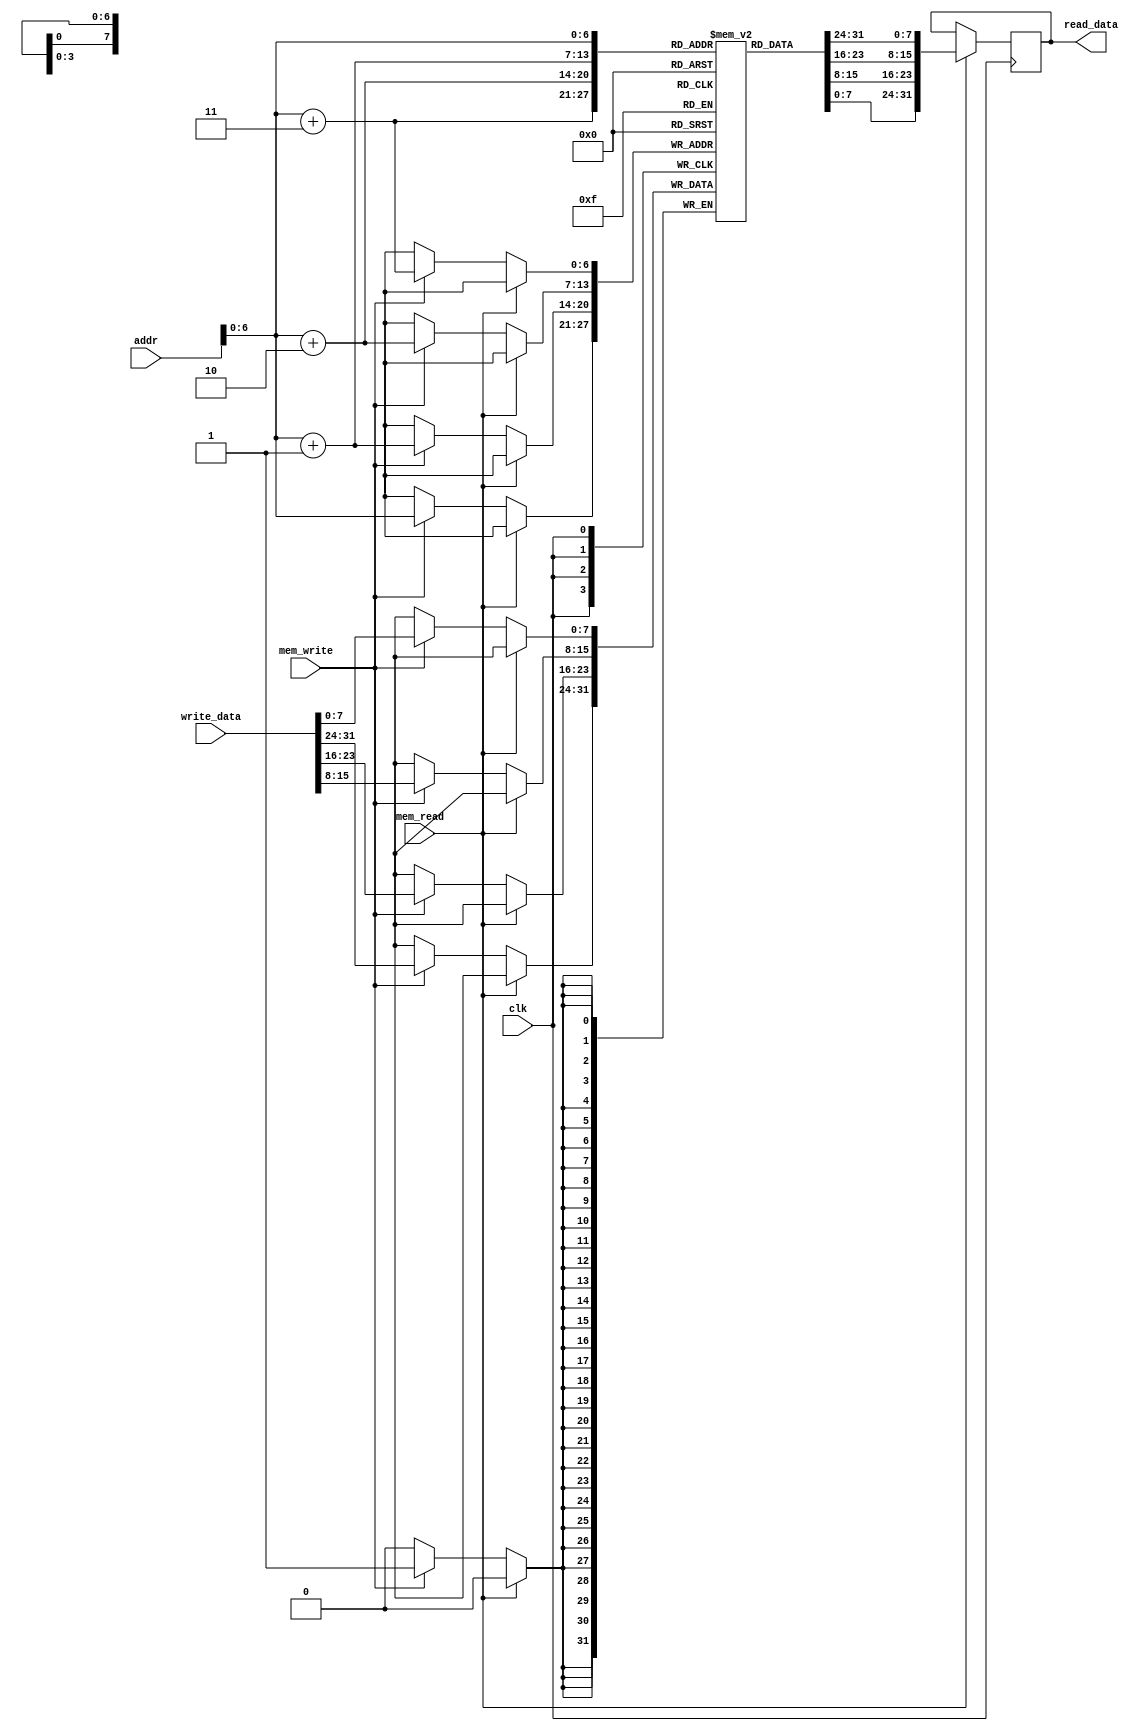
/*
 *	Template for Project 2 Part 3
 *	Copyright (C) 2022  Chen Chia Yi or any person belong ESSLab.
 *	All Right Reserved.
 *
 *	This program is free software: you can redistribute it and/or modify
 *	it under the terms of the GNU General Public License as published by
 *	the Free Software Foundation, either version 3 of the License, or
 *	(at your option) any later version.
 *
 *	This program is distributed in the hope that it will be useful,
 *	but WITHOUT ANY WARRANTY; without even the implied warranty of
 *	MERCHANTABILITY or FITNESS FOR A PARTICULAR PURPOSE.  See the
 *	GNU General Public License for more details.
 *
 *	You should have received a copy of the GNU General Public License
 *	along with this program.  If not, see <https://www.gnu.org/licenses/>.
 *
 *	This file is for people who have taken the cource (1102 Computer
 *	Organizarion) to use.
 *	We (ESSLab) are not responsible for any illegal use.
 *
 */
 
/*
 * Macro of size declaration of data memory
 * CAUTION: DONT MODIFY THE NAME AND VALUE.
 */
`define DATA_MEM_SIZE	128	// Bytes

/*
 * Declaration of Data Memory for this project.
 * CAUTION: DONT MODIFY THE NAME.
 */
module DM(
	// Outputs
	output reg [31:0]read_data,
	// Inputs
	input [31:0]write_data,
	input [31:0]addr,
	input mem_read,
	input mem_write,
	input clk
);

	/* 
	 * Declaration of data memory.
	 * CAUTION: DONT MODIFY THE NAME AND SIZE.
	 */
	reg [7:0]DataMem[0:`DATA_MEM_SIZE - 1];

	always@(posedge clk)begin
		if(mem_read)begin
			read_data <= {DataMem[addr], DataMem[addr+1], DataMem[addr+2], DataMem[addr+3]};
		end

		else if(mem_write)begin
			{DataMem[addr], DataMem[addr+1], DataMem[addr+2], DataMem[addr+3]} <= write_data;
		end
	end
endmodule